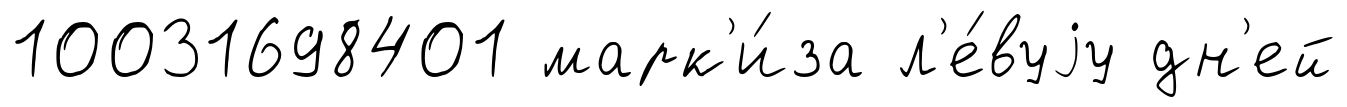
10031698401 марк'и́за л'е́вуjу дн'ей